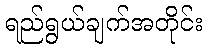
ရည်ရွယ်ချက်အတိုင်း